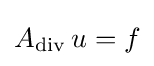
A_{\operatorname {div} }\,u=f